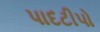
પાદટીપો